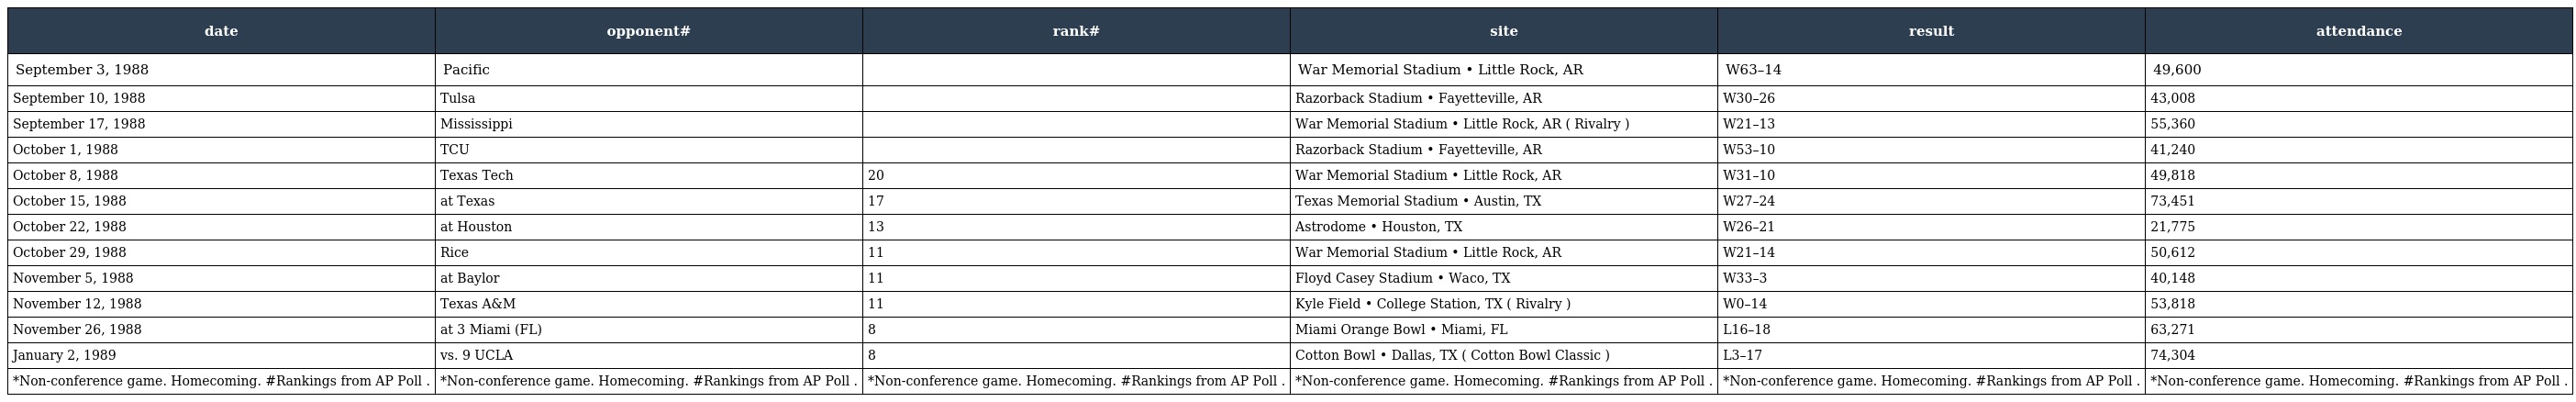
| date | opponent# | rank# | site | result | attendance |
 | --- | --- | --- | --- | --- | --- |
 | September 3, 1988 | Pacific |  | War Memorial Stadium • Little Rock, AR | W63–14 | 49,600 |
 | September 10, 1988 | Tulsa |  | Razorback Stadium • Fayetteville, AR | W30–26 | 43,008 |
 | September 17, 1988 | Mississippi |  | War Memorial Stadium • Little Rock, AR ( Rivalry ) | W21–13 | 55,360 |
 | October 1, 1988 | TCU |  | Razorback Stadium • Fayetteville, AR | W53–10 | 41,240 |
 | October 8, 1988 | Texas Tech | 20 | War Memorial Stadium • Little Rock, AR | W31–10 | 49,818 |
 | October 15, 1988 | at Texas | 17 | Texas Memorial Stadium • Austin, TX | W27–24 | 73,451 |
 | October 22, 1988 | at Houston | 13 | Astrodome • Houston, TX | W26–21 | 21,775 |
 | October 29, 1988 | Rice | 11 | War Memorial Stadium • Little Rock, AR | W21–14 | 50,612 |
 | November 5, 1988 | at Baylor | 11 | Floyd Casey Stadium • Waco, TX | W33–3 | 40,148 |
 | November 12, 1988 | Texas A&M | 11 | Kyle Field • College Station, TX ( Rivalry ) | W0–14 | 53,818 |
 | November 26, 1988 | at 3 Miami (FL) | 8 | Miami Orange Bowl • Miami, FL | L16–18 | 63,271 |
 | January 2, 1989 | vs. 9 UCLA | 8 | Cotton Bowl • Dallas, TX ( Cotton Bowl Classic ) | L3–17 | 74,304 |
 | *Non-conference game. Homecoming. #Rankings from AP Poll . | *Non-conference game. Homecoming. #Rankings from AP Poll . | *Non-conference game. Homecoming. #Rankings from AP Poll . | *Non-conference game. Homecoming. #Rankings from AP Poll . | *Non-conference game. Homecoming. #Rankings from AP Poll . | *Non-conference game. Homecoming. #Rankings from AP Poll . |